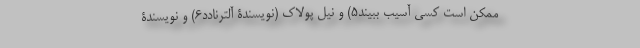
ممکن است کسی آسیب ببیند۵) و نیل پولاک (نویسندۀ آلترنادَد۶) و نویسندۀ